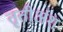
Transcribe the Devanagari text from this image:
तृतीअंश